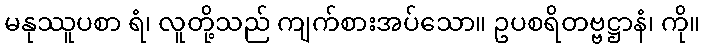
မနုဿူပစာ ရံ၊ လူတို့သည် ကျက်စားအပ်သော။ ဥပစရိတဗ္ဗဋ္ဌာနံ၊ ကို။